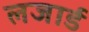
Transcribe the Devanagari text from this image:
लजार्ड